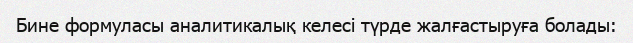
Бине формуласы аналитикалық келесі түрде жалғастыруға болады: